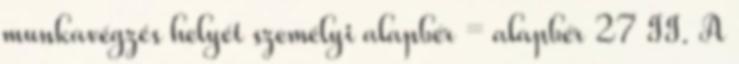
munkavégzés helyét személyi alapbér = alapbér 27 II. A